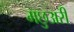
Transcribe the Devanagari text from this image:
मछुअरी